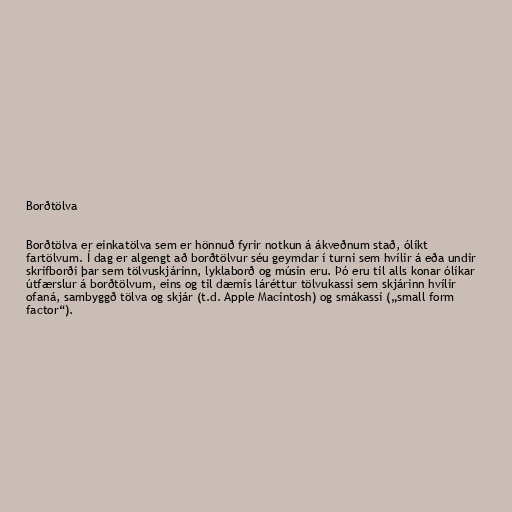
Borðtölva

Borðtölva er einkatölva sem er hönnuð fyrir notkun á ákveðnum stað, ólíkt
fartölvum. Í dag er algengt að borðtölvur séu geymdar í turni sem hvílir á eða undir
skrifborði þar sem tölvuskjárinn, lyklaborð og músin eru. Þó eru til alls konar ólíkar
útfærslur á borðtölvum, eins og til dæmis láréttur tölvukassi sem skjárinn hvílir
ofaná, sambyggð tölva og skjár (t.d. Apple Macintosh) og smákassi („small form
factor“).